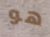
هو